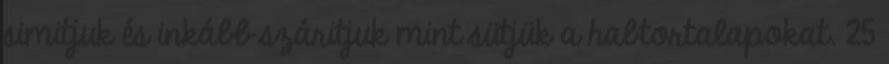
simitjuk és inkább száritjuk mint sütjük a habtortalapokat. 25